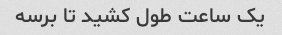
یک ساعت طول کشید تا برسه